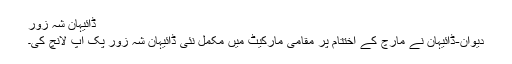
ڈائیہان شہ زور
دیوان-ڈائیہان نے مارچ کے اختتام پر مقامی مارکیٹ میں مکمل نئی ڈائیہان شہ زور پک اپ لانچ کی۔